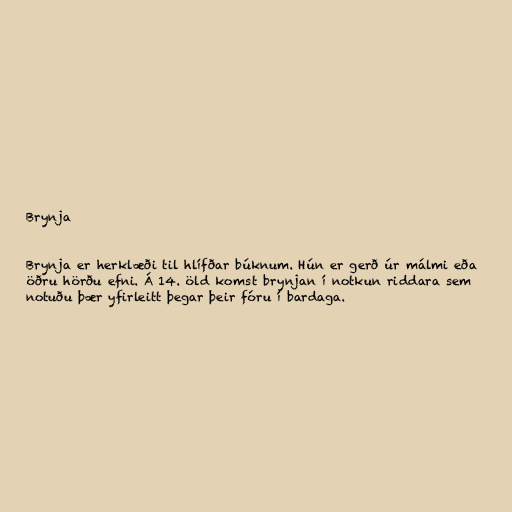
Brynja

Brynja er herklæði til hlífðar búknum. Hún er gerð úr málmi eða
öðru hörðu efni. Á 14. öld komst brynjan í notkun riddara sem
notuðu þær yfirleitt þegar þeir fóru í bardaga.